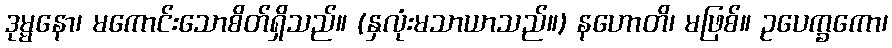
ဒုမ္မနော၊ မကောင်းသောစိတ်ရှိသည်။ (နှလုံးမသာယာသည်။) နဟောတိ၊ မဖြစ်။ ဥပေက္ခကော၊